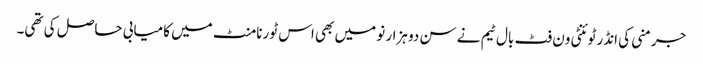
جرمنی کی انڈر ٹوئنٹی ون فٹ بال ٹیم نے سن دو ہزار نو میں بھی اس ٹورنامنٹ میں کامیابی حاصل کی تھی۔